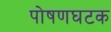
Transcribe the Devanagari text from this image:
पोषणघटक